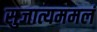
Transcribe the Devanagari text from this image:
सुजात्यममलं